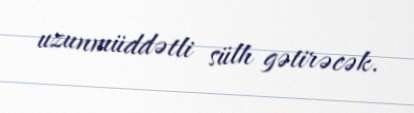
uzunmüddətli sülh gətirəcək.